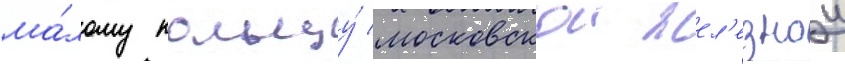
ма́лому кольцу́ московскои жел'езнои